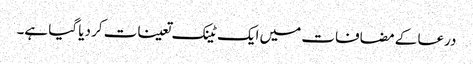
درعا کے مضافات میں ایک ٹینک تعینات کر دیا گیا ہے۔